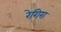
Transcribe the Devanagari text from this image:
रेगिरा